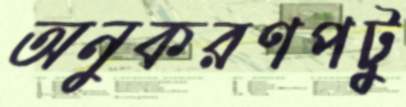
অনুকরণপটু